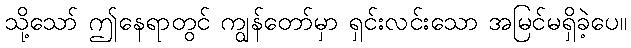
သို့သော် ဤနေရာတွင် ကျွန်တော်မှာ ရှင်းလင်းသော အမြင်မရှိခဲ့ပေ။